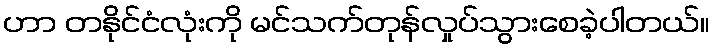
ဟာ တနိုင်ငံလုံးကို မင်သက်တုန်လှုပ်သွားစေခဲ့ပါတယ်။